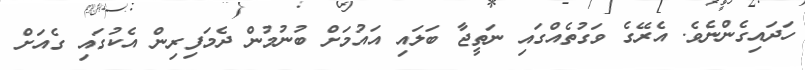
ހަދައިގެންނެވެ. އެރޭގެ ވަގުތެއްގައި ނަތީޖާ ބަލައި އައުމަށް ބުނުމުން ދެމަފިރިން އެކުގައި ގެއަށް